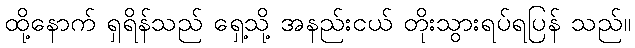
ထို့နောက် ရှရိန်သည် ရှေ့သို့ အနည်းငယ် တိုးသွားရပ်ရပြန် သည်။